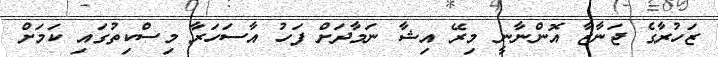
ޒަހުރާގެ ޖަނާޒާ އޮންނާނީ މިރޭ އިޝާ ނަމާދަށް ފަހު އާސަހަރާ މިސްކިތުގައި ކަމަށް